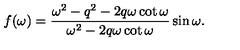
f ( \omega ) = \frac { \omega ^ { 2 } - q ^ { 2 } - 2 q \omega \cot \omega } { \omega ^ { 2 } - 2 q \omega \cot \omega } \sin \omega { . }